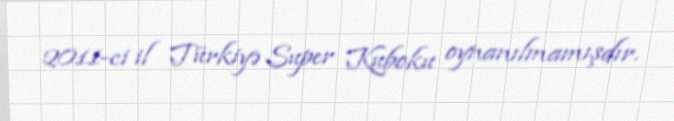
2011-ci il Türkiyə Super Kuboku oynanılmamışdır.